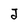
Character: J